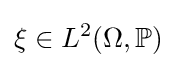
\xi \in L^{2}(\Omega ,\mathbb {P} )